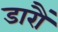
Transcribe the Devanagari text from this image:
डारौं